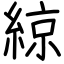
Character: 綡